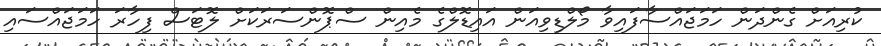
ކުރިއަށް ގެންދަން ހަމަޖައްސާފައިވާ މޯލްޑިވިއަން އައިޑޮލްގެ މެއިން ސްޕޮންސަރަކަށް ލޮޓަސް ފިހާރަ ހަމަޖައްސައި